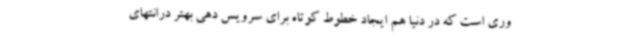
وری است که در دنیا هم ایجاد خطوط کوتاه برای سرویس دهی بهتر درانتهای